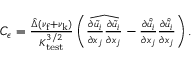
\begin{array} { r } { C _ { \epsilon } = \frac { \hat { \Delta } ( \nu _ { \mathrm { f } } + \nu _ { \mathrm { k } } ) } { K _ { \mathrm { t e s t } } ^ { 3 / 2 } } \left( \widehat { \frac { \partial \tilde { u } _ { i } } { \partial x _ { j } } \frac { \partial \tilde { u } _ { i } } { \partial x _ { j } } } - \frac { \partial \hat { \tilde { u } } _ { i } } { \partial x _ { j } } \frac { \partial \hat { \tilde { u } } _ { i } } { \partial x _ { j } } \right) . } \end{array}